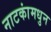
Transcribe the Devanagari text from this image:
नाटकांमधुन